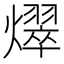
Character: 𪺀